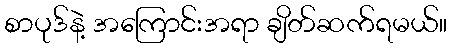
စာပုဒ်နဲ့ အကြောင်းအရာ ချိတ်ဆက်ရမယ်။